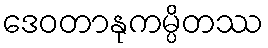
ဒေဝတာနုကမ္ပိတဿ